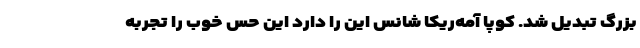
بزرگ تبدیل شد. کوپا آمه‌ریکا شانس این را دارد این حس خوب را تجربه